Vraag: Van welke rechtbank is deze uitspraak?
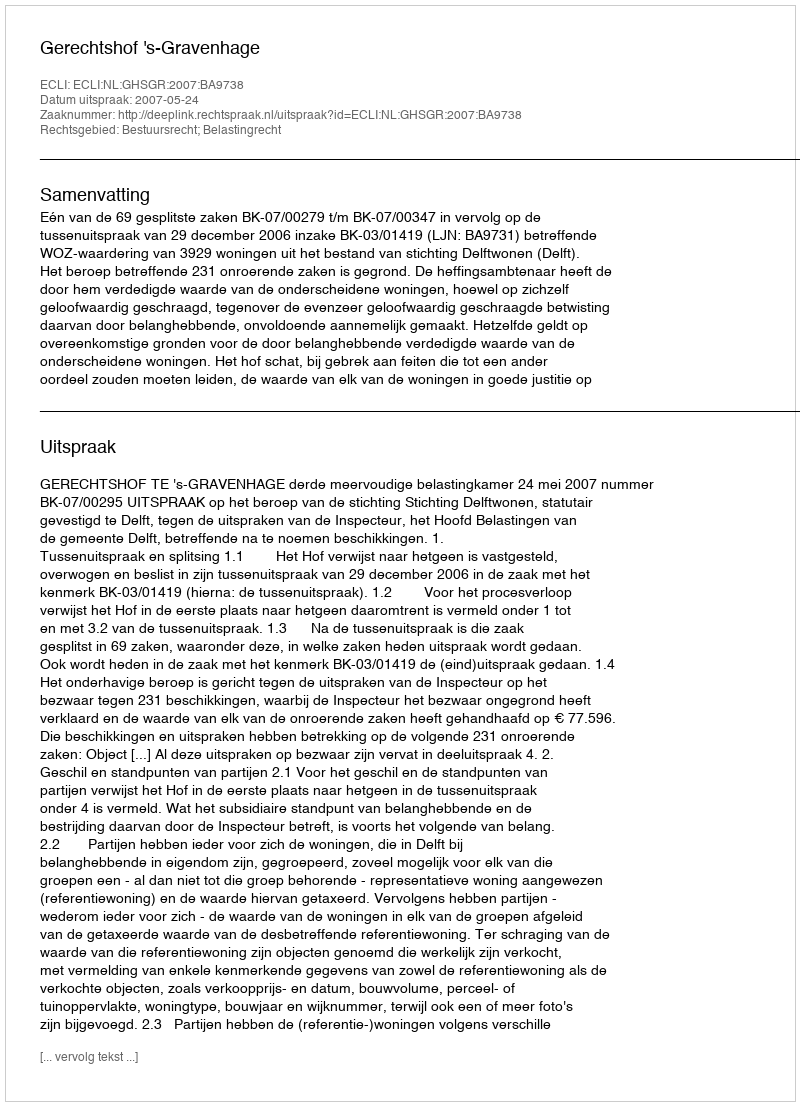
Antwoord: Gerechtshof 's-Gravenhage